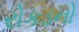
રોકડનો